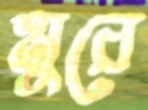
মুরে